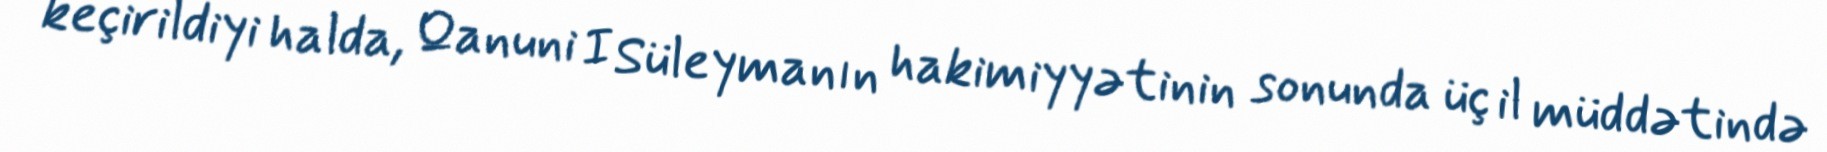
keçirildiyi halda, Qanuni I Süleymanın hakimiyyətinin sonunda üç il müddətində